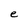
Character: e